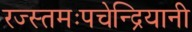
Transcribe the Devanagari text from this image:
रज्स्तमःपचेन्द्रियानी